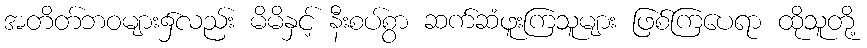
အတိတ်ဘဝများ၌လည်း မိမိနှင့် နီးစပ်စွာ ဆက်ဆံဖူးကြသူများ ဖြစ်ကြပေရာ ထိုသူတို့